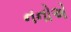
નનોએ